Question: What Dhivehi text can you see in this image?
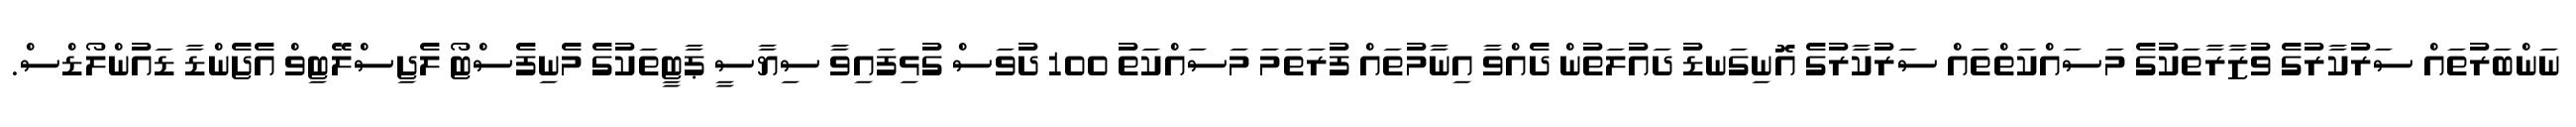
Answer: ނަންބަރުތައް ސަރުކާރުގެ ވުޒާރާތަކުގެ މަސައްކަތްތައް ސަރުކާރުގެ އޮނިގަނޑު ދައުލަތުން ދެއްވާ އިނާމުތައް ފުރަތަމަ މަސައްކަތު 100 ދުވަސް ގުޅިފައިވާ ސިޔާސީ ޕާޓީތަކުގެ މެނިފެސްޓޯ ލެޖިސްލޭޓިވް އެޖެންޑާ ޑައުންލޯޑްސް.